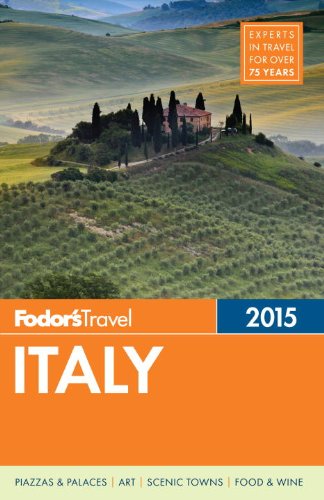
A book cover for Fodor's Italy 2015 (Full-color Travel Guide); Fodor's; Travel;